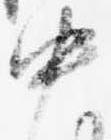
中